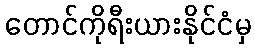
တောင်ကိုရီးယားနိုင်ငံမှ